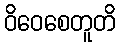
ဝိဝေစေတူတိ